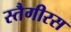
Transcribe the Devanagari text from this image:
स्तैगीरस